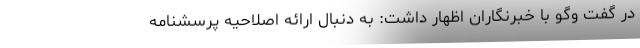
در گفت وگو با خبرنگاران اظهار داشت: به دنبال ارائه اصلاحیه پرسشنامه